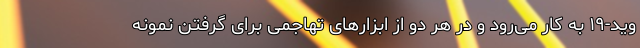
وید-۱۹ به کار می‌رود و در هر دو از ابزارهای تهاجمی برای گرفتن نمونه